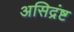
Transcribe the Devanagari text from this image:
असिद्रंष्ट